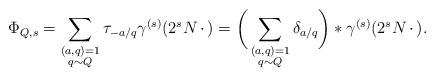
LaTeX: \begin{align*}\Phi_{Q,s}= \sum_{\substack{(a,q)=1 \\ q \sim Q}} \tau_{-a/q} \gamma^{(s)}(2^s N \,\cdot\, )= \bigg( \sum_{\substack{(a,q)=1 \\ q \sim Q}} \delta_{a/q} \bigg) \ast \gamma^{(s)}(2^s N \,\cdot\, ).\end{align*}